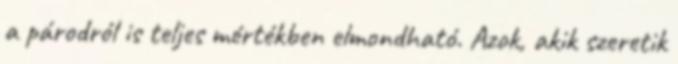
a párodról is teljes mértékben elmondható. Azok, akik szeretik